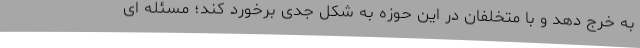
به خرج دهد و با متخلفان در این حوزه به شکل جدی برخورد کند؛ مسئله ای